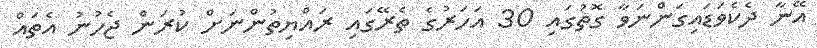
އޭނާ ދެކެވަޑައިގަންނަވާ ގޮތުގައި 30 އަހަރުގެ ތެރޭގައި ރައްޔިތުންނަށް ކުރަން ޖެހުނު އެތައް